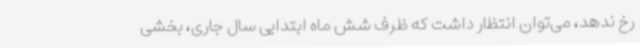
رخ ندهد، می‌توان انتظار داشت که ظرف شش ماه ابتدایی سال جاری، بخشی